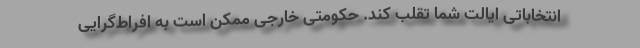
انتخاباتی ایالت شما تقلب کند. حکومتی خارجی ممکن است به افراط‌گرایی